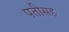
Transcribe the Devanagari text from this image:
पतीसह